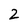
Character: 2